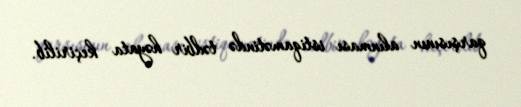
qarşısının alınması istiqamətində tədbir həyata keçirilib.